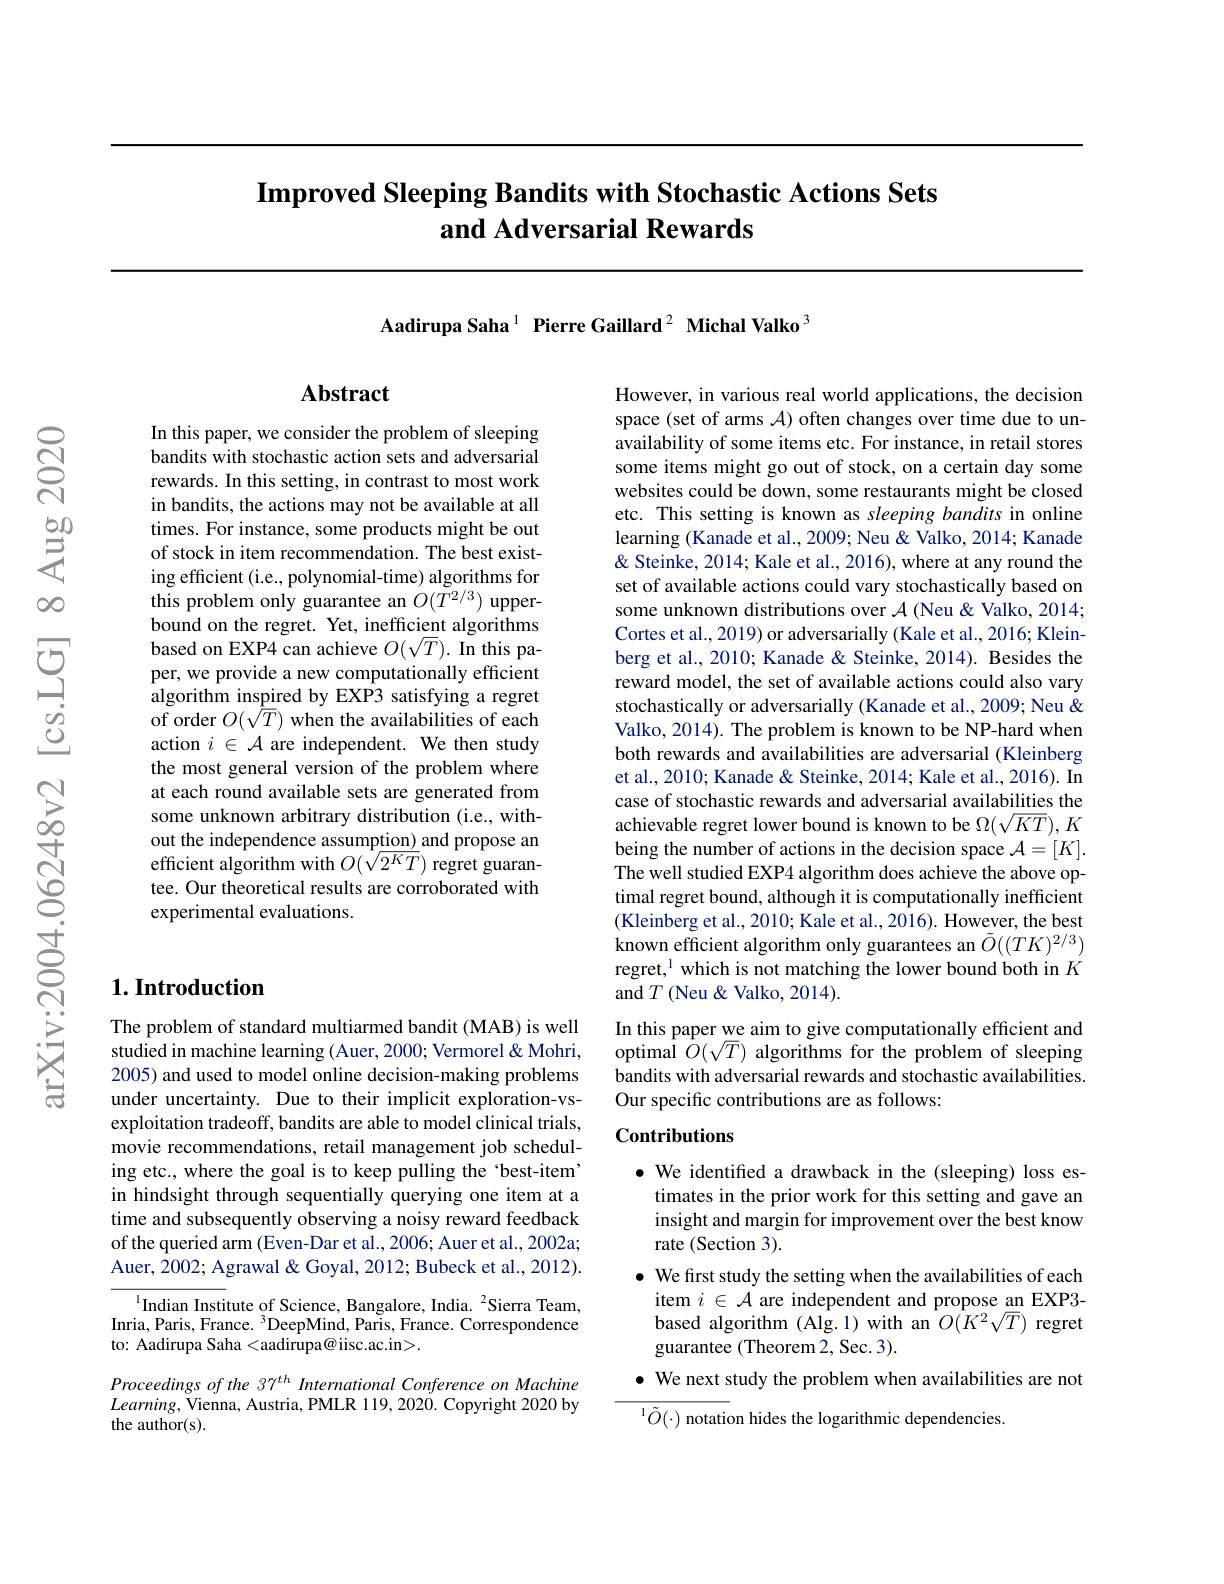
# Improved Sleeping Bandits with Stochastic Actions Sets and Adversarial Rewards

Aadirupa Saha$^{1}$ Pierre Gaillard$^{2}$ Michal Valko$^{3}$

## $\mathbf{Abstract}$

In this paper, we consider the problem of sleeping bandits with stochastic action sets and adversarial rewards. In this setting, in contrast to most work in bandits, the actions may not be available at all times. For instance, some products might be out of stock in item recommendation. The best existing efficient (i.e., polynomial-time) algorithms for this problem only guarantee an $O(T^{2/3})$ upperbound on the regret. Yet, inefficient algorithms based on EXP4 can achieve $O(\sqrt T).$ In this paper, we provide a new computationally efficient algorithm inspired by EXP3 satisfying a regret of order $O(\tilde{T})$ when the availabilities of each action $i\in\mathcal{A}$ are independent. We then study the most general version of the problem where at each round available sets are generated from some unknown arbitrary distribution (i.e., without the independence assumption) and propose an efficient algorithm with $O(\sqrt{2^KT})$ regret guarantee. Our theoretical results are corroborated with experimental evaluations.

## $1. \textbf{Introduction}$

The problem of standard multiarmed bandit (MAB) is well studied in machine learning (Auer, 2000; Vermorel & Mohri, 2005) and used to model online decision-making problems under uncertainty. Due to their implicit exploration-vsexploitation tradeoff, bandits are able to model clinical trials, movie recommendations, retail management job scheduling etc., where the goal is to keep pulling the‘best-item’ in hindsight through sequentially querying one item at a time and subsequently observing a noisy reward feedback of the queried arm (Even-Dar et al., 2006; Auer et al., 2002a; Auer, 2002; Agrawal & Goyal, 2012; Bubeck et al., 2012).

$^{1}$Indian Institute of Science, Bangalore, India. $^2$Sierra Team, Inria, Paris, France. $^{3}$DeepMind, Paris, France. Correspondence to: Aadirupa Saha <aadirupa@ iisc.ac.in>.

Proceedings of the 37$^{th}$ International Conference on Machine $Learning$,Vienna, Austria, PMLR 119, 2020. Copyright 2020 by the author(s).

However, in various real world applications, the decision space (set of arms $\mathcal{A}$) often changes over time due to unavailability of some items etc. For instance, in retail stores some items might go out of stock, on a certain day some websites could be down, some restaurants might be closed etc. This setting is known as sleeping bandits in online learning (Kanade et al., 2009; Neu & Valko, 2014; Kanade & Steinke, 2014; Kale et al., 2016), where at any round the set of available actions could vary stochastically based on some unknown distributions over $\mathcal{A}$ (Neu&Valko, 2014; Cortes et al., 2019) or adversarially (Kale et al., 2016; Kleinberg et al., 2010; Kanade & Steinke, 2014). Besides the reward model, the set of available actions could also vary stochastically or adversarially (Kanade et al., 2009; Neu & Valko, 2014). The problem is known to be NP-hard when both rewards and availabilities are adversarial (Kleinberg et al., 2010; Kanade & Steinke, 2014; Kale et al., 2016). In case of stochastic rewards and adversarial availabilities the achievable regret lower bound is known to be $\Omega(\sqrt{KT}),K$ being the number of actions in the decision space $\mathcal{A}=[K].$ The well studied EXP4 algorithm does achieve the above optimal regret bound, although it is computationally inefficient (Kleinberg et al., 2010; Kale et al., 2016). However, the best known efficient algorithm only guarantees an $\tilde{O}((TK)^{2/3})$ regret,$^{1}$ which is not matching the lower bound both in $K$ and $T$ (Neu &Valko, 2014).
In this paper we aim to give computationally efficient and optimal $\hat{O}(\sqrt T)$ algorithms for the problem of sleeping

bandits with adversarial rewards and stochastic availabilities.
Our specific contributions are as follows:

### Contributions

$\bullet$ We identified a drawback in the (sleeping) loss es-
timates in the prior work for this setting and gave an insight and margin for improvement over the best know rate (Section 3).
$\bullet$ We first study the setting when the availabilities of each
item $i\in\mathcal{A}$ are independent and propose an EXP3- based algorithm (Alg.1) with an $O(K^2\sqrt{T})$ regret guarantee (Theorem 2, Sec. 3).
$\bullet$ We next study the problem when availabilities are not
$^{1}\tilde{O} ( \cdot )$ notation hides the logarithmic dependencies.